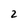
Character: 2